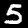
Digit: 5